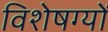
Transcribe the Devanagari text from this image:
विशेषग्यों